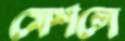
মেশলে